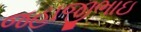
જહાજીભાઇ